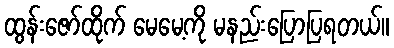
ထွန်းဇော်ထိုက် မေမေ့ကို မနည်းပြောပြရတယ်။